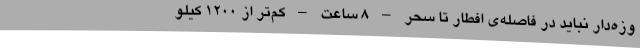
وزه‌دار نباید در فاصله‌ی افطار تا سحر – ۸ ساعت – کم‌تر از ۱۲۰۰ کیلو